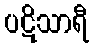
ပဋိသာရီ